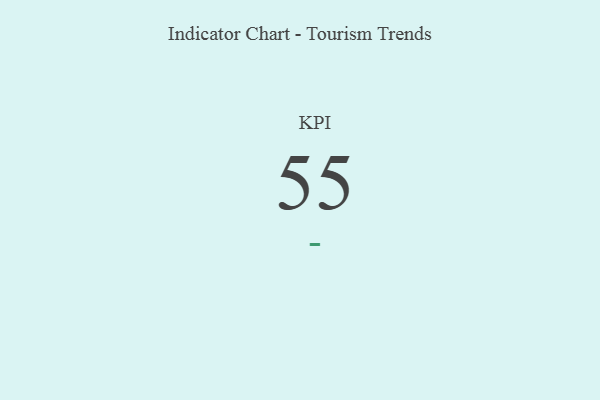
{"axis": {"x": "KPI", "y": "Value"}, "legend": [""], "data": [{"x": "KPI", "y": 55, "type": ""}]}